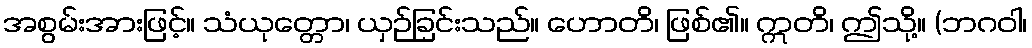
အစွမ်းအားဖြင့်။ သံယုတ္တော၊ ယှဉ်ခြင်းသည်။ ဟောတိ၊ ဖြစ်၏။ ဣတိ၊ ဤသို့။ (ဘဂဝါ၊